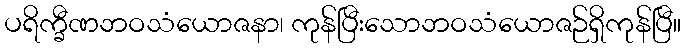
ပရိက္ခီဏဘဝသံယောဇနာ၊ ကုန်ပြီးသောဘဝသံယောဇဉ်ရှိကုန်ပြီ။